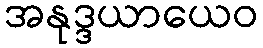
အနုဒ္ဒယာယေဝ